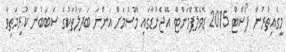
މީގެއިތުރުން ޕޯސްޓް 2015 ޑެވެލޮޕްމަންޓް އޭޖެންޑާގައި މޫސުމަށް އަންނަ ބަދަލުތަކުގެ ސަބަބުން ކުރިމަތިވާ